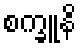
စက္ခူနိ